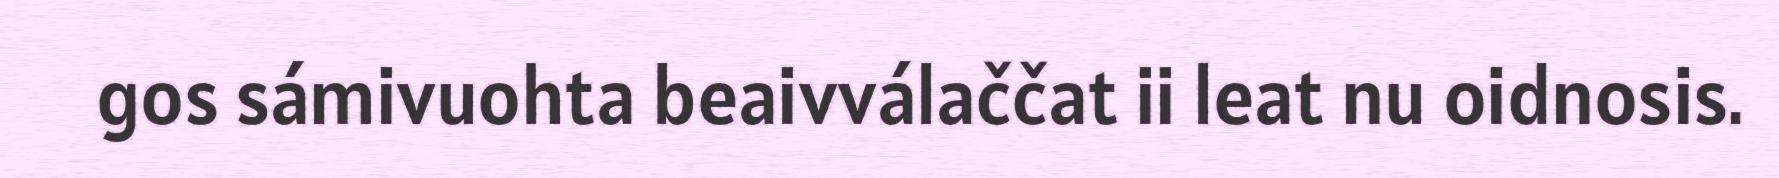
gos sámivuohta beaivválaččat ii leat nu oidnosis.